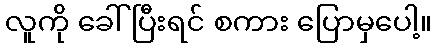
လူကို ခေါ်ပြီးရင် စကား ပြောမှပေါ့။